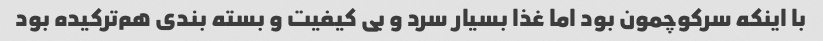
با اینکه سرکوچمون بود اما غذا بسیار سرد و بی کیفیت و بسته بندی هم‌ترکیده بود